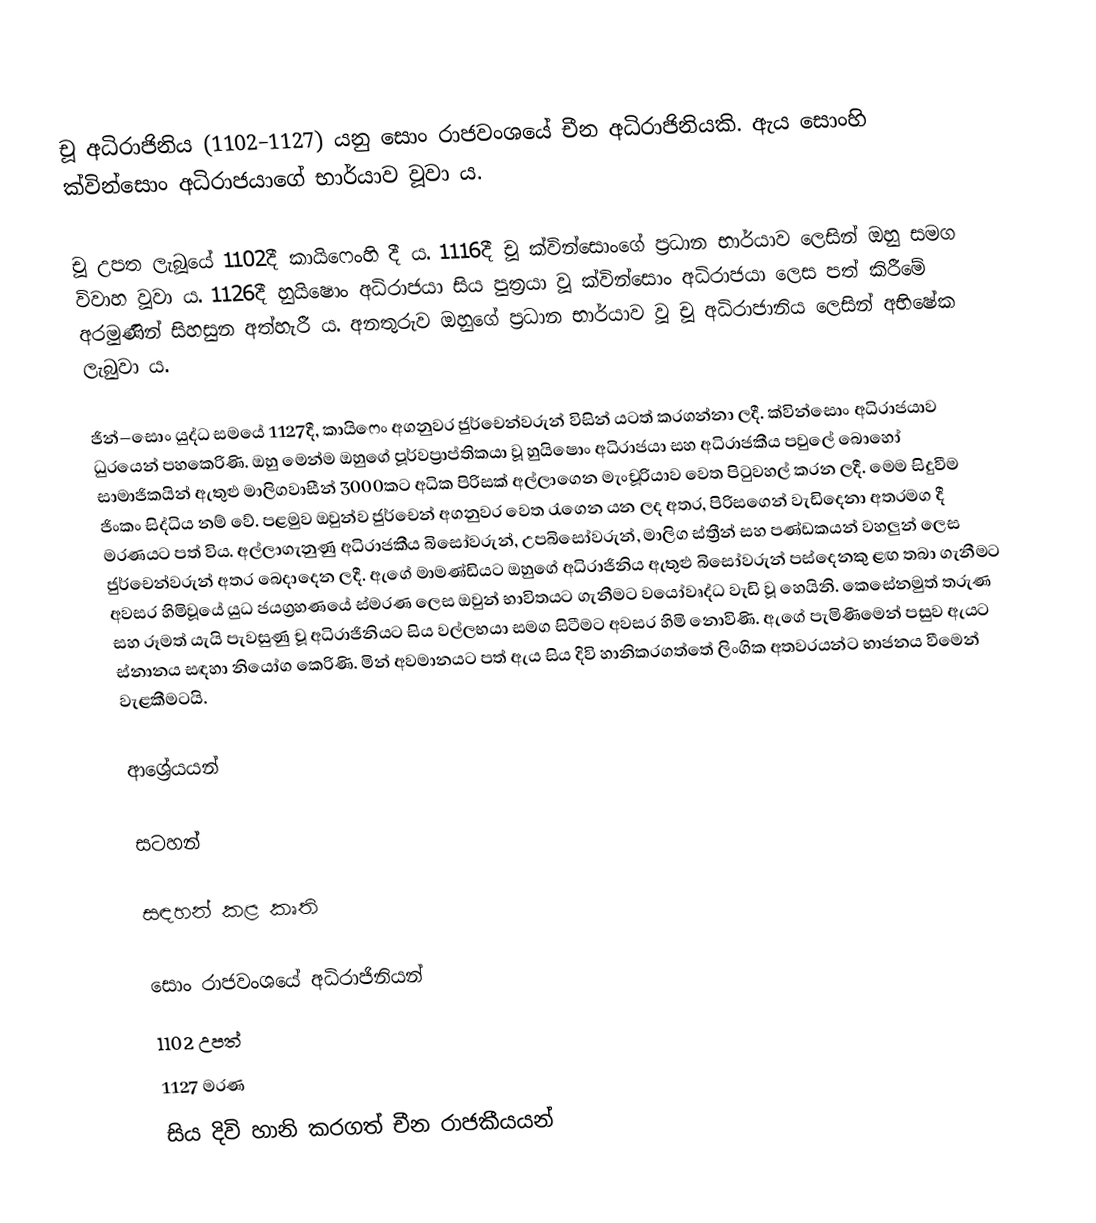
චූ අධිරාජිනිය (1102–1127) යනු සොං රාජවංශයේ චීන අධිරාජිනියකි. ඇය සොංහි ක්වින්සොං අධිරාජයාගේ භාර්යාව වූවා ය.

චූ උපත ලැබූයේ 1102දී කායිෆෙංහි දී ය. 1116දී චූ ක්වින්සොංගේ ප්‍රධාන භාර්යාව ලෙසින් ඔහු සමග විවාහ වූවා ය. 1126දී හුයිෂොං අධිරාජයා සිය පුත්‍රයා වූ ක්වින්සොං අධිරාජයා ලෙස පත් කිරීමේ අරමුණින් සිහසුන අත්හැරී ය. අනතුරුව ඔහුගේ ප්‍රධාන භාර්යාව වූ චූ අධිරාජානිය ලෙසින් අභිෂේක ලැබුවා ය.

ජින්–සොං යුද්ධ සමයේ 1127දී, කායිෆෙං අගනුවර ජුර්චෙන්වරුන් විසින් යටත් කරගන්නා ලදී. ක්වින්සොං අධිරාජයාව ධුරයෙන් පහකෙරිණි. ඔහු මෙන්ම ඔහුගේ පූර්වප්‍රාප්තිකයා වූ හුයිෂොං අධිරාජයා සහ අධිරාජකීය පවුලේ බොහෝ සාමාජිකයින් ඇතුළු මාලිගවාසීන් 3000කට අධික පිරිසක් අල්ලාගෙන මැංචූරියාව වෙත පිටුවහල් කරන ලදී. මෙම සිදුවීම ජිංකං සිද්ධිය නම් වේ. පළමුව ඔවුන්ව ජුර්චෙන් අගනුවර වෙත රැගෙන යන ලද අතර, පිරිසගෙන් වැඩිදෙනා අතරමග දී මරණයට පත් විය. අල්ලාගැනුණු අධිරාජකීය බිසෝවරුන්, උපබිසෝවරුන්, මාලිග ස්ත්‍රීන් සහ පණ්ඩකයන් වහලුන් ලෙස ජුර්චෙන්වරුන් අතර බෙදාදෙන ලදී. ඇගේ මාමණ්ඩියට ඔහුගේ අධිරාජිනිය ඇතුළු බිසෝවරුන් පස්දෙනකු ළඟ තබා ගැනීමට අවසර හිමිවූයේ යුධ ජයග්‍රහණයේ ස්මරණ ලෙස ඔවුන් භාවිතයට ගැනීමට වයෝවෘද්ධ වැඩි වූ හෙයිනි. කෙසේනමුත් තරුණ සහ රූමත් යැයි පැවසුණු චූ අධිරාජිනියට සිය වල්ලභයා සමග සිටීමට අවසර හිමි නොවිණි. ඇගේ පැමිණීමෙන් පසුව ඇයට ස්නානය සඳහා නියෝග කෙරිණි. මින් අවමානයට පත් ඇය සිය දිවි හානිකරගත්තේ ලිංගික අතවරයන්ට භාජනය වීමෙන් වැළකීමටයි.

ආශ්‍රේයයන්

සටහන්

සඳහන් කළ කෘති

සොං රාජවං‍ශයේ අධිරාජිනියන්
1102 උපත්
1127 මරණ
සිය දිවි හානි කරගත් චීන රාජකීයයන්